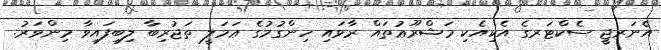
އެނަރޖީ ސެކްޓަރގެ އެކިއެކި މަޝްރޫޢުތައް ރާވައި ހިންގުމުގެ ޢަމަލީ ތަޖުރިބާ ލިބިފައިވާ މިންވަރު.